Annual administration report of the Civil Veterinary Department, Sind - 1939-1940
Year: 1939
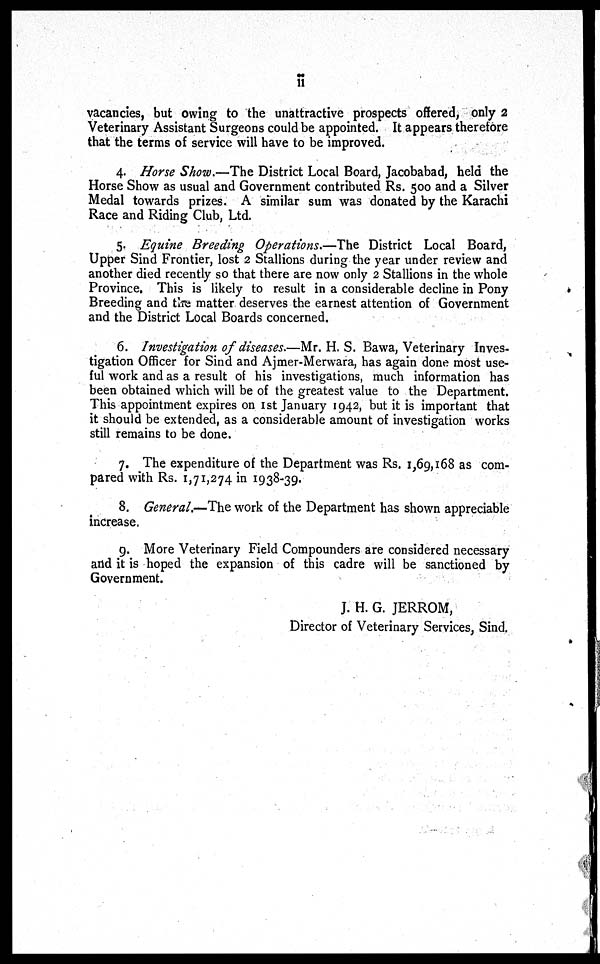
ii
vacancies, but owing to the unattractive prospects offered, only 2
Veterinary Assistant Surgeons could be appointed. It appears therefore
that the terms of service will have to be improved.
4. Horse Show.—The District Local Board, Jacobabad, held the
Horse Show as usual and Government contributed Rs. 500 and a Silver
Medal towards prizes. A similar sum was donated by the Karachi
Race and Riding Club, Ltd.
5. Equine Breeding Operations.—The District Local Board,
Upper Sind Frontier, lost 2 Stallions during the year under review and
another died recently so that there are now only 2 Stallions in the whole
Province. This is likely to result in a considerable decline in Pony
Breeding and the matter deserves the earnest attention of Government
and the District Local Boards concerned.
6. Investigation of diseases.—Mr. H. S. Bawa, Veterinary Inves-
tigation Officer for Sind and Ajmer-Merwara, has again done most use-
ful work and as a result of his investigations, much information has
been obtained which will be of the greatest value to the Department.
This appointment expires on 1st January 1942, but it is important that
it should be extended, as a considerable amount of investigation works
still remains to be done.
7. The expenditure of the Department was Rs. 1,69,168 as com-
pared with Rs. 1,71,274 in 1938-39.
8. General.—The work of the Department has shown appreciable
increase,
9. More Veterinary Field Compounders are considered necessary
and it is hoped the expansion of this cadre will be sanctioned by
Government.
J. H. G. JERROM,
Director of Veterinary Services, Sind.